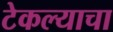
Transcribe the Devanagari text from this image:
टेकल्याचा